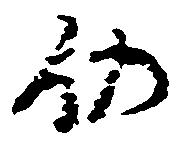
仍